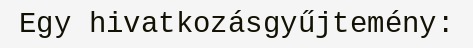
Egy hivatkozásgyűjtemény: